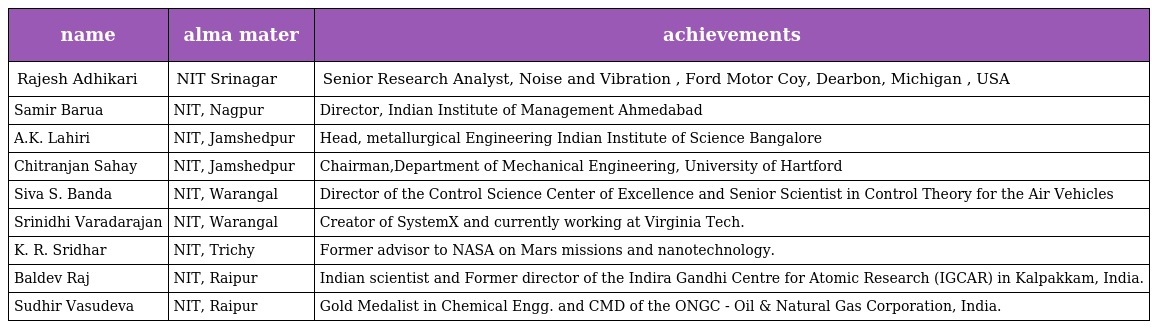
| name | alma mater | achievements |
 | --- | --- | --- |
 | Rajesh Adhikari | NIT Srinagar | Senior Research Analyst, Noise and Vibration , Ford Motor Coy, Dearbon, Michigan , USA |
 | Samir Barua | NIT, Nagpur | Director, Indian Institute of Management Ahmedabad |
 | A.K. Lahiri | NIT, Jamshedpur | Head, metallurgical Engineering Indian Institute of Science Bangalore |
 | Chitranjan Sahay | NIT, Jamshedpur | Chairman,Department of Mechanical Engineering, University of Hartford |
 | Siva S. Banda | NIT, Warangal | Director of the Control Science Center of Excellence and Senior Scientist in Control Theory for the Air Vehicles |
 | Srinidhi Varadarajan | NIT, Warangal | Creator of SystemX and currently working at Virginia Tech. |
 | K. R. Sridhar | NIT, Trichy | Former advisor to NASA on Mars missions and nanotechnology. |
 | Baldev Raj | NIT, Raipur | Indian scientist and Former director of the Indira Gandhi Centre for Atomic Research (IGCAR) in Kalpakkam, India. |
 | Sudhir Vasudeva | NIT, Raipur | Gold Medalist in Chemical Engg. and CMD of the ONGC - Oil & Natural Gas Corporation, India. |